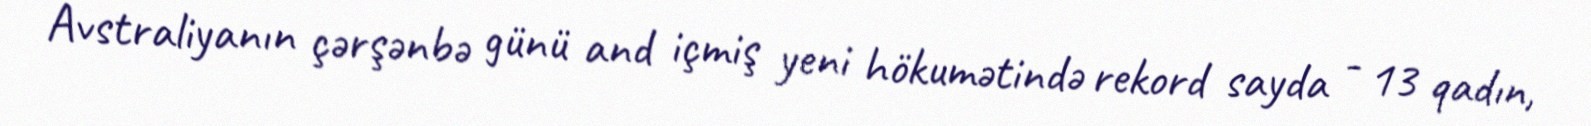
Avstraliyanın çərşənbə günü and içmiş yeni hökumətində rekord sayda - 13 qadın,